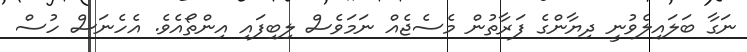
ނަގާ ބަލައިލެވުނީ ދިޔާންގެ ފަރާތުން މެސެޖެއް ނަމަވެސް ލިބިފައި އިންތޯއެވެ. އެހެނަސް ހުސް